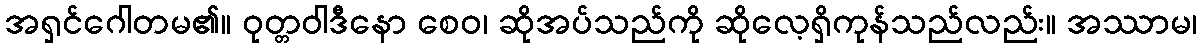
အရှင်ဂေါတမ၏။ ဝုတ္တဝါဒီနော စေဝ၊ ဆိုအပ်သည်ကို ဆိုလေ့ရှိကုန်သည်လည်း။ အဿာမ၊